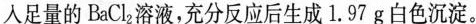
人足量的BaCl_{2}溶液，充分反应后生成1.97g白色沉淀。